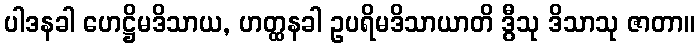
ပါဒနခါ ဟေဋ္ဌိမဒိသာယ, ဟတ္ထနခါ ဥပရိမဒိသာယာတိ ဒွီသု ဒိသာသု ဇာတာ။